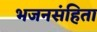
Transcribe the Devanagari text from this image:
भजनसंहिता